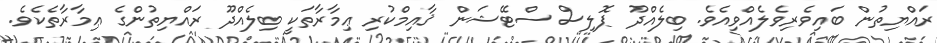
ރައްޔިތުން ބައިވެރިވެލެއްވިއެވެ. ބިލެއްދޫ ޕޮލިސް ސްޓޭޝަން ޤާއިމްކުރި ޢިމާރާތަކީ ބިލެއްދޫ ރައްޔިތުންގެ ޢިމާރާތެކެވެ.